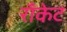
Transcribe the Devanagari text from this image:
राँकेट